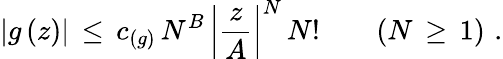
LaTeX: |g\, (z)|\, \leq\, c_{(g)}\, N^{B}\, \left|\frac{z}{A}\right|^{N}\, N!\qquad(N\, \geq\, 1)\, \, .